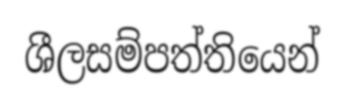
ශීලසම්පත්තියෙන්